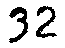
32